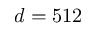
d = 5 1 2